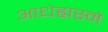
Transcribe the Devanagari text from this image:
आधेह्यस्मे